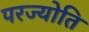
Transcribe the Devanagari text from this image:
परज्योति